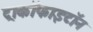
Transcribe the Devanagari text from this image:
ट्राकॉफाइटॉन